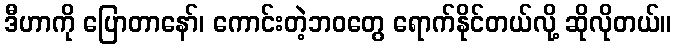
ဒီဟာကို ပြောတာနော်၊ ကောင်းတဲ့ဘဝတွေ ရောက်နိုင်တယ်လို့ ဆိုလိုတယ်။